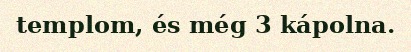
templom, és még 3 kápolna.